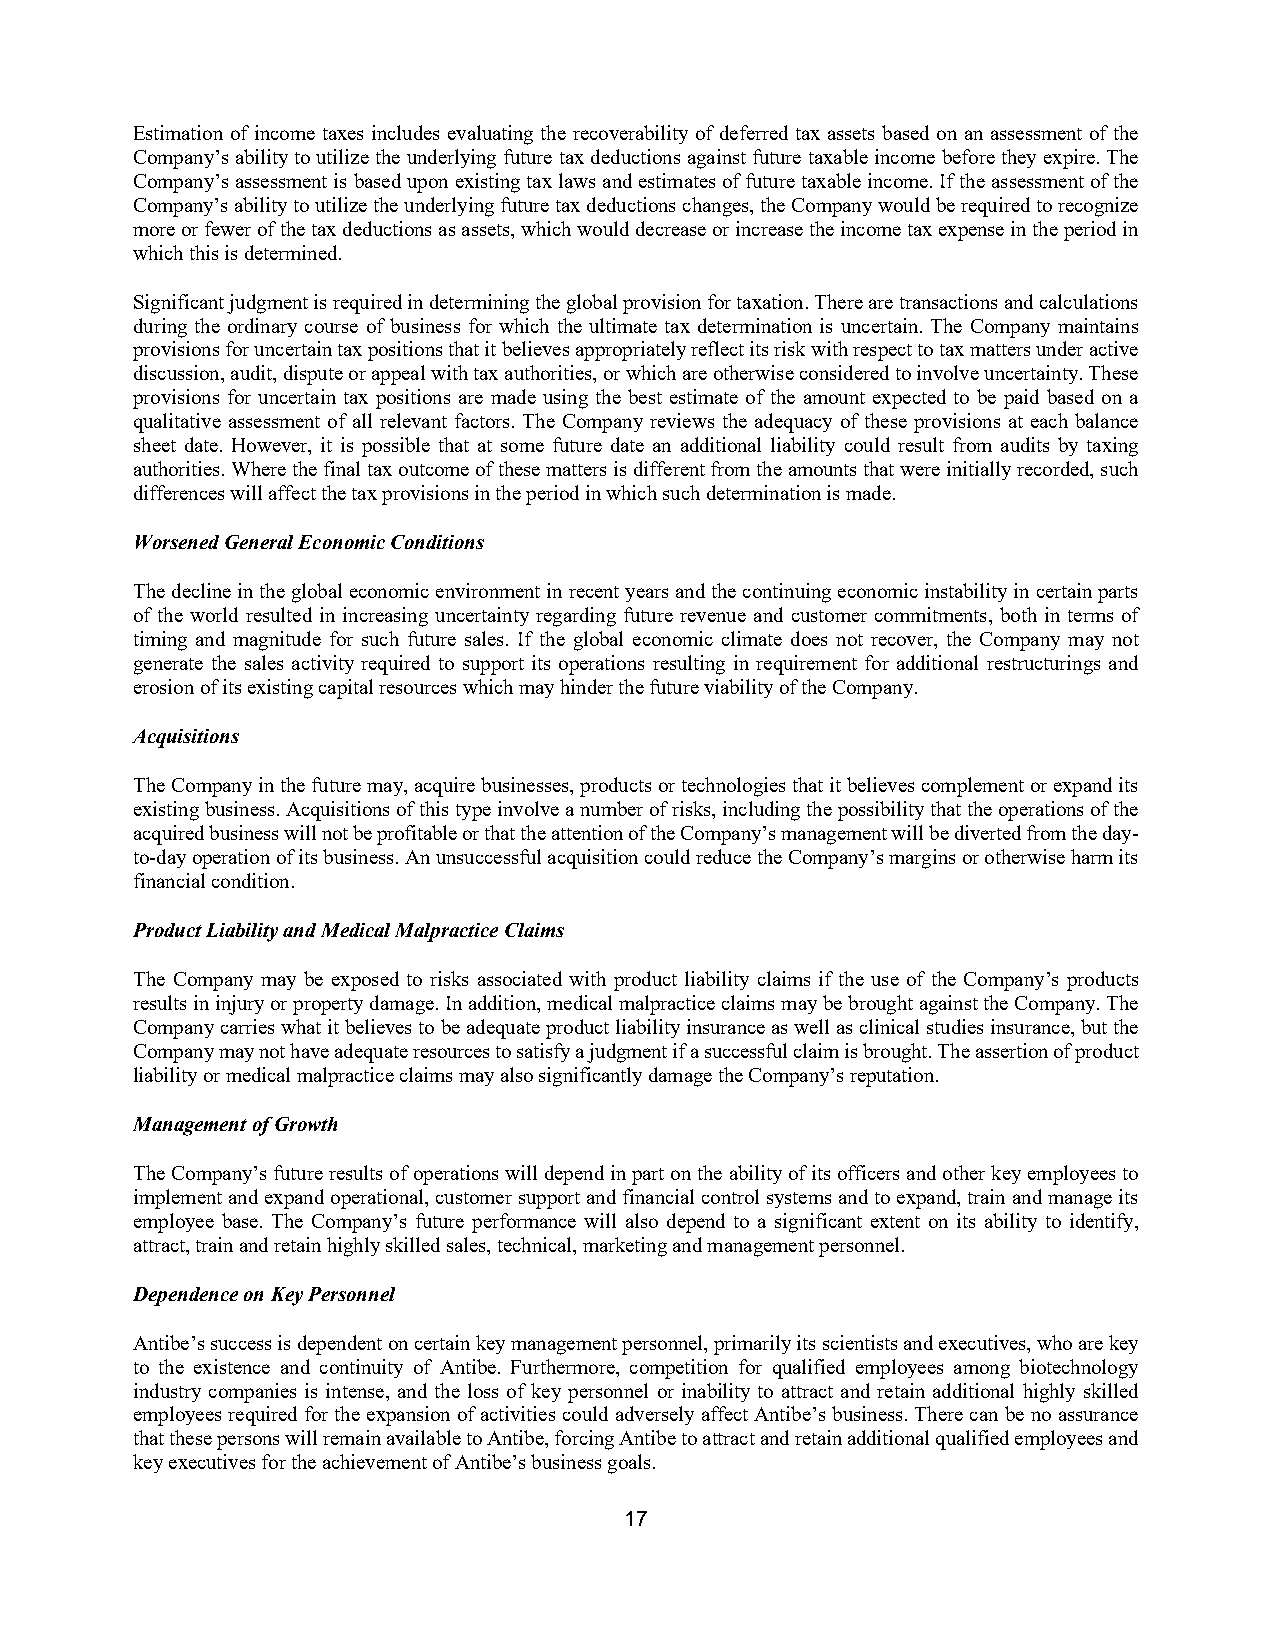
Estimation of income taxes includes evaluating the recoverability of deferred tax assets based on an assessment of the
 Company’s ability to utilize the underlying future tax deductions against future taxable income before they expire. The
 Company’s assessment is based upon existing tax laws and estimates of future taxable income. If the assessment of the
 Company’s ability to utilize the underlying future tax deductions changes, the Company would be required to recognize
 more or fewer of the tax deductions as assets, which would decrease or increase the income tax expense in the period in
 which this is determined.
 Significant judgment is required in determining the global provision for taxation. There are transactions and calculations
 during the ordinary course of business for which the ultimate tax determination is uncertain. The Company maintains
 provisions for uncertain tax positions that it believes appropriately reflect its risk with respect to tax matters under active
 discussion, audit, dispute or appeal with tax authorities, or which are otherwise considered to involve uncertainty. These
 provisions for uncertain tax positions are made using the best estimate of the amount expected to be paid based on a
 qualitative assessment of all relevant factors. The Company reviews the adequacy of these provisions at each balance
 sheet date. However, it is possible that at some future date an additional liability could result from audits by taxing
 authorities. Where the final tax outcome of these matters is different from the amounts that were initially recorded, such
 differences will affect the tax provisions in the period in which such determination is made.
 Worsened General Economic Conditions
 The decline in the global economic environment in recent years and the continuing economic instability in certain parts
 of the world resulted in increasing uncertainty regarding future revenue and customer commitments, both in terms of
 timing and magnitude for such future sales. If the global economic climate does not recover, the Company may not
 generate the sales activity required to support its operations resulting in requirement for additional restructurings and
 erosion of its existing capital resources which may hinder the future viability of the Company.
 Acquisitions
 The Company in the future may, acquire businesses, products or technologies that it believes complement or expand its
 existing business. Acquisitions of this type involve a number of risks, including the possibility that the operations of the
 acquired business will not be profitable or that the attention of the Company’s management will be diverted from the day-
 to-day operation of its business. An unsuccessful acquisition could reduce the Company’s margins or otherwise harm its
 financial condition.
 Product Liability and Medical Malpractice Claims
 The Company may be exposed to risks associated with product liability claims if the use of the Company’s products
 results in injury or property damage. In addition, medical malpractice claims may be brought against the Company. The
 Company carries what it believes to be adequate product liability insurance as well as clinical studies insurance, but the
 Company may not have adequate resources to satisfy a judgment if a successful claim is brought. The assertion of product
 liability or medical malpractice claims may also significantly damage the Company’s reputation.
 Management of Growth
 The Company’s future results of operations will depend in part on the ability of its officers and other key employees to
 implement and expand operational, customer support and financial control systems and to expand, train and manage its
 employee base. The Company’s future performance will also depend to a significant extent on its ability to identify,
 attract, train and retain highly skilled sales, technical, marketing and management personnel.
 Dependence on Key Personnel
 Antibe’s success is dependent on certain key management personnel, primarily its scientists and executives, who are key
 to the existence and continuity of Antibe. Furthermore, competition for qualified employees among biotechnology
 industry companies is intense, and the loss of key personnel or inability to attract and retain additional highly skilled
 employees required for the expansion of activities could adversely affect Antibe’s business. There can be no assurance
 that these persons will remain available to Antibe, forcing Antibe to attract and retain additional qualified employees and
 key executives for the achievement of Antibe’s business goals.
 17